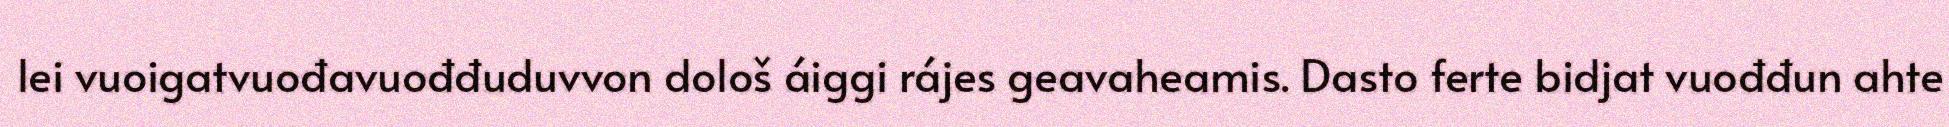
lei vuoigatvuođavuođđuduvvon dološ áiggi rájes geavaheamis. Dasto ferte bidjat vuođđun ahte